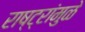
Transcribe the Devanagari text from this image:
राष्ट्रांमुळे